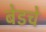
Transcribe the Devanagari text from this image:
बेडचे